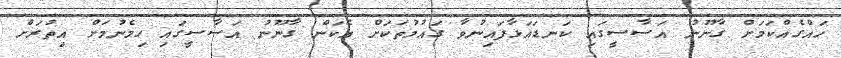
ހައްގެއްކަމަށް ގާނޫނު އަސާސީގައި ކަނޑައަޅާފައިނުވާ ގައުމުތަކަށް އެކަން ގާނޫނު އަސާސީގައި ހިމެނުމަށް އިތުރަށް